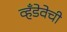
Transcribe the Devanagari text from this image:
व्हँडेवेची